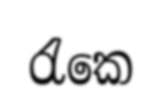
රැකෙ